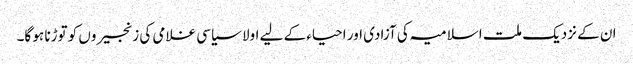
ان کے نزدیک ملت اسلامیہ کی آزادی اور احیاء کے لیے اولا سیاسی غلامی کی زنجیروں کو توڑنا ہو گا۔